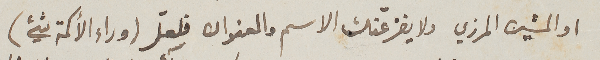
او المشين المزري ولا يفزعنّك الاسم والعنوان فلعلّ (وراء الأكمة شيء)